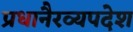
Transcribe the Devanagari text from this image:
प्रधानैरव्यपदेश